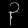
Digit: ၃